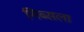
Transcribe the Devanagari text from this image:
गिब्सला